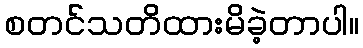
စတင်သတိထားမိခဲ့တာပါ။